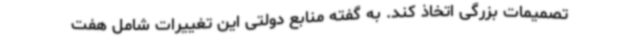
تصمیمات بزرگی اتخاذ کند. به گفته منابع دولتی این تغییرات شامل هفت